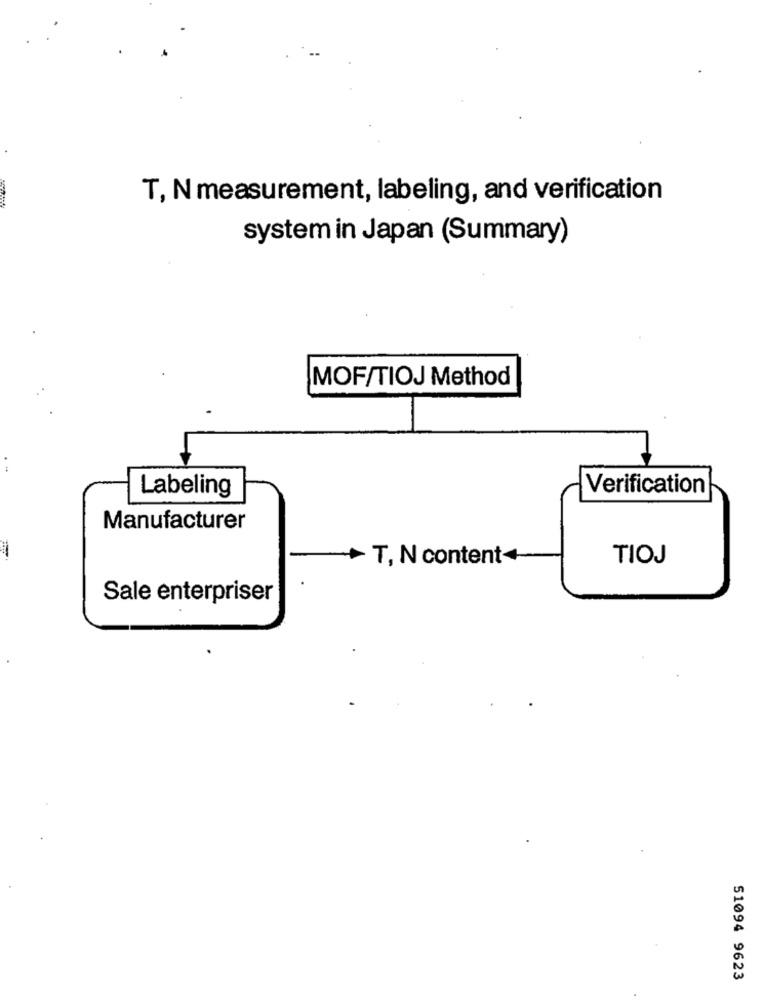
T, N measurement, labeling, and verification
system in Japan (Summary)
MOF/TIOJ Method
Verification
Labeling
Manufacturer
T, N content+
TIOJ
Sale enterpriser
51094 9623